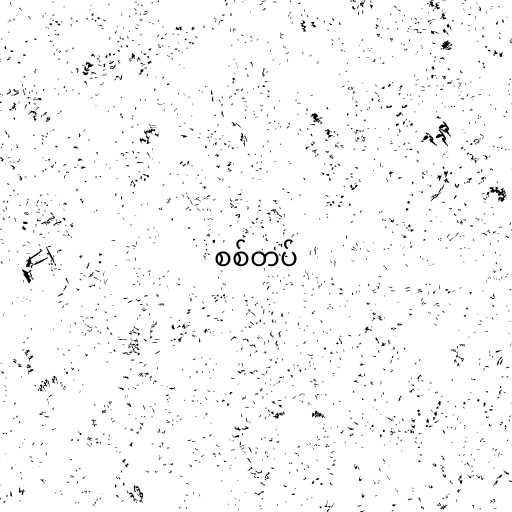
စစ်တပ်